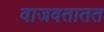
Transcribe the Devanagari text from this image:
वाजवतातत